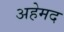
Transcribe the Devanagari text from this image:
अहेमद